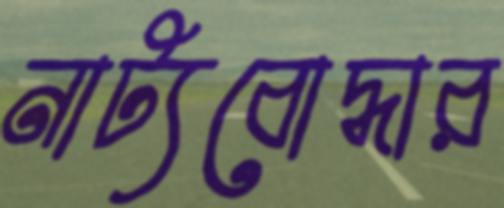
নাট্যবোদ্ধার